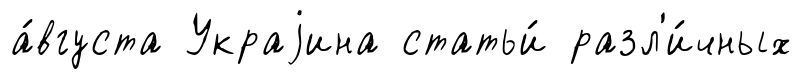
а́вгуста Украjина статьи́ разл'и́чных